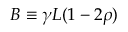
B \equiv \gamma L ( 1 - 2 \rho )